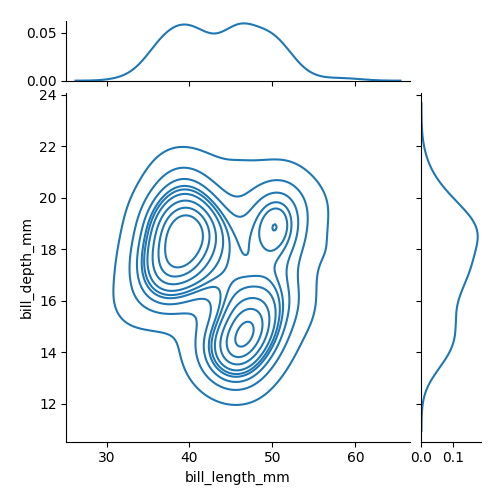
python, seaborn, jointplot, kind='kde', height='5', ratio='5', marginal_ticks='True'